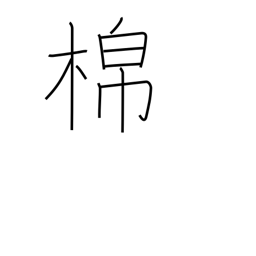
Meaning: cotton